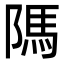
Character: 䧞